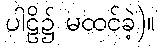
ပါဠိ၌ မထင်ခဲ့)။